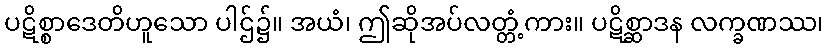
ပဋိစ္စာဒေတိဟူသော ပါဌ်၌။ အယံ၊ ဤဆိုအပ်လတ္တံ့ကား။ ပဋိစ္ဆာဒန လက္ခဏဿ၊